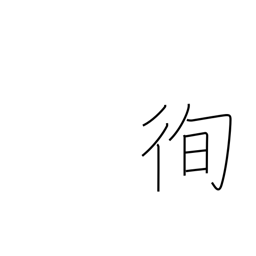
Meaning: lay down one's life